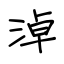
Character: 淖